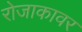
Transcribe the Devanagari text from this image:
रोजाकावर